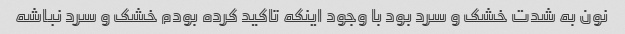
نون به شدت خشک و سرد بود با وجود اینکه تاکید کرده بودم خشک و سرد نباشه